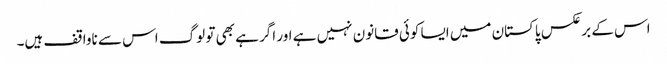
اس کے برعکس پاکستان میں ایسا کوئی قانون نہیں ہے اور اگر ہے بھی تو لوگ اس سے ناواقف ہیں۔